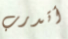
أتدرب